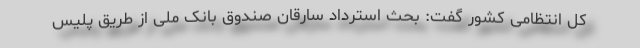
کل انتظامی کشور گفت: بحث استرداد سارقان صندوق بانک ملی از طریق پلیس